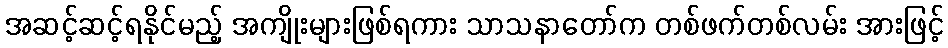
အဆင့်ဆင့်ရနိုင်မည့် အကျိုးများဖြစ်ရကား သာသနာတော်က တစ်ဖက်တစ်လမ်း အားဖြင့်